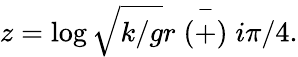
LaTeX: z=\log\sqrt{k/g}r\stackrel{-}{(+)}i\pi/4.